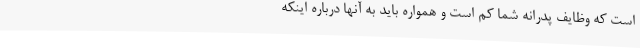
است که وظایف پدرانه شما کم است و همواره باید به آنها درباره اینکه